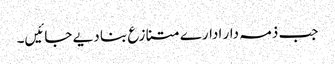
جب ذمہ دار ادارے متنازع بنا دیے جائیں۔